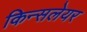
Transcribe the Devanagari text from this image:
किन्सलेयर